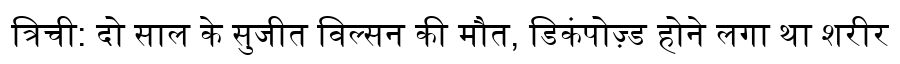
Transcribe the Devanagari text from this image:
त्रिची: दो साल के सुजीत विल्सन की मौत, डिकंपोज़्ड होने लगा था शरीर